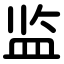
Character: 监